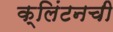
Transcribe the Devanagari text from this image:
क्लिंटनची